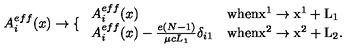
A _ { i } ^ { e f f } ( x ) \to \left\{ \right. \begin{array} { l l } { A _ { i } ^ { e f f } ( x ) } & { \mathrm { w h e n x ^ 1 \to x ^ 1 + L _ 1 } } \\ { A _ { i } ^ { e f f } ( x ) - { \frac { e ( N - 1 ) } { \mu c L _ { 1 } } } \delta _ { i 1 } } & { \mathrm { w h e n x ^ 2 \to x ^ 2 + L _ 2 . } } \\ \end{array}